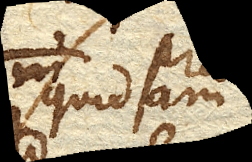
quidam